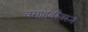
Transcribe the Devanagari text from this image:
वसाहतींवरून